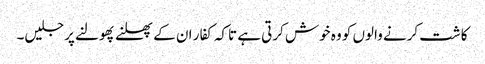
کاشت کرنے والوں کو وہ خوش کرتی ہے تاکہ کفار ان کے پھلنے پھولنے پر جلیں۔